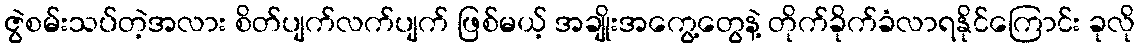
ဇွဲစမ်းသပ်တဲ့အလား စိတ်ပျက်လက်ပျက် ဖြစ်မယ့် အချိုးအကွေ့တွေနဲ့ တိုက်ခိုက်ခံလာရနိုင်ကြောင်း ခုလို